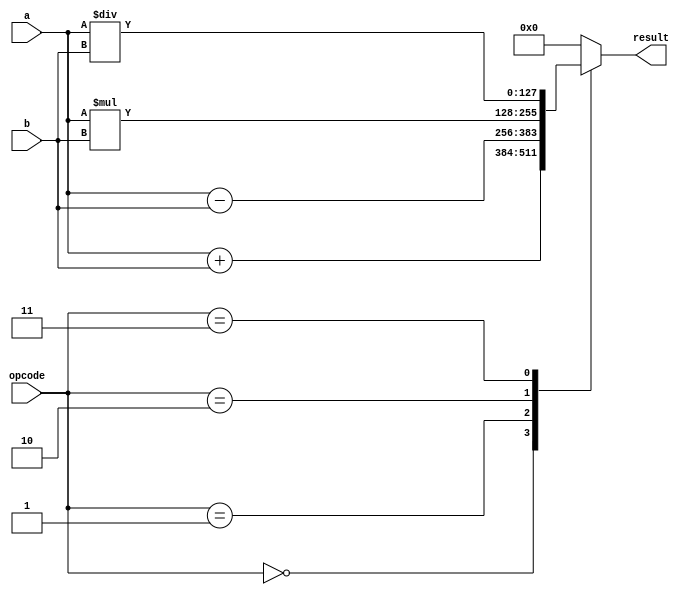
module quad_precision_floating_point_unit(
    input [127:0] a,
    input [127:0] b,
    input [2:0] opcode,
    output reg [127:0] result
);

always @(*) begin
    case(opcode)
        3'b000: // Addition
            result = a + b;
        3'b001: // Subtraction
            result = a - b;
        3'b010: // Multiplication
            result = a * b;
        3'b011: // Division
            result = a / b;
        // Add cases for rounding and normalization logic here
        default:
            result = 128'h0; // Default to zero for invalid opcode
    endcase
end

endmodule